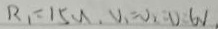
R _ { 1 } = 1 5 N , V _ { 1 } = V _ { 2 } = 0 . 6 V